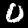
Digit: 0